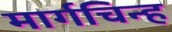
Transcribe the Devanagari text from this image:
मार्गचिन्ह